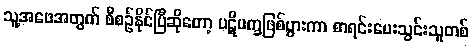
သူ့အဖေအတွက် စီစဉ်နိုင်ပြီဆိုတော့ ပဋိပက္ခဖြစ်ပွားကာ စာရင်းပေးသွင်းသူတစ်